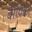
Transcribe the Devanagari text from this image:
बैरीपैकर